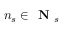
n _ { s } \in \textbf { N } _ { s }